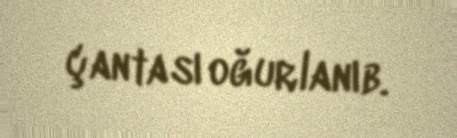
çantası oğurlanıb.